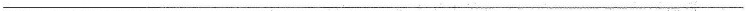
___